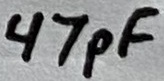
Text: 47pF